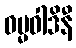
ဓမ္မဝါဒိနီ